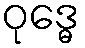
ဝုဒ္ဓေ